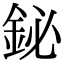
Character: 鉍